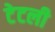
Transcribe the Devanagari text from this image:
टेटली